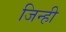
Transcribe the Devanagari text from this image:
जिन्ही